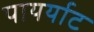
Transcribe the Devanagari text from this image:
पायर्याट